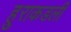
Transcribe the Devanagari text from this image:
हुराकडली